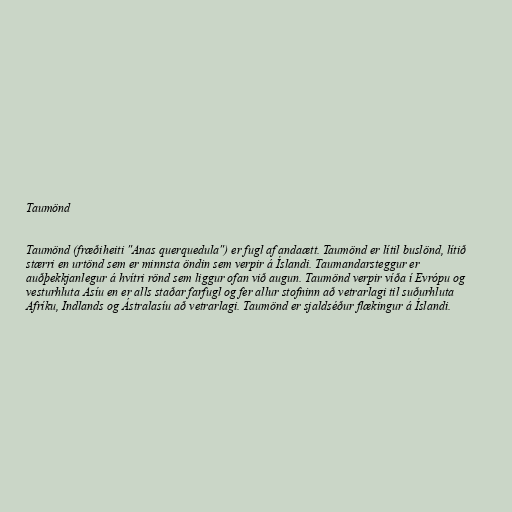
Taumönd

Taumönd (fræðiheiti "Anas querquedula") er fugl af andaætt. Taumönd er lítil buslönd, lítið
stærri en urtönd sem er minnsta öndin sem verpir á Íslandi. Taumandarsteggur er
auðþekkjanlegur á hvítri rönd sem liggur ofan við augun. Taumönd verpir víða í Evrópu og
vesturhluta Asíu en er alls staðar farfugl og fer allur stofninn að vetrarlagi til suðurhluta
Afríku, Indlands og Ástralasíu að vetrarlagi. Taumönd er sjaldséður flækingur á Íslandi.